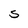
Character: S